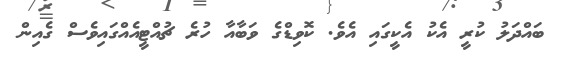
ބައްދަލު ކުރީ އެކު އެކީގައި އެވެ. ކޮވިޑްގެ ވަބާއާ ހުރެ ޗުއްޓީއެއްގައިވެސް ގެއިން